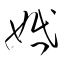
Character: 婚